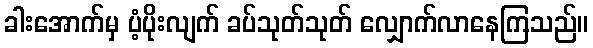
ခါးအောက်မှ ပံ့ပိုးလျက် ခပ်သုတ်သုတ် လျှောက်လာနေကြသည်။